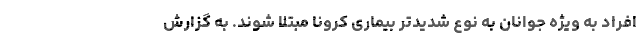
افراد به ویژه جوانان به نوع شدیدتر بیماری کرونا مبتلا شوند. به گزارش